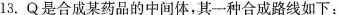
13.Q是合成某药品的中间体，其一种合成路线如下：